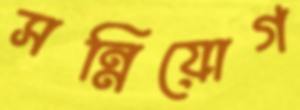
সন্নিয়োগ